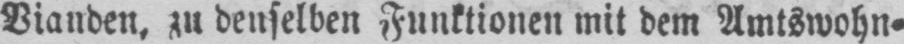
Vianden, zu denselben Funktionen mit dem Amtswohn⸗